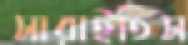
সারাইতিস